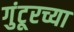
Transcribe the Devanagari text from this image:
गुंटूरच्या